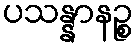
ပသန္နာနဉ္စ